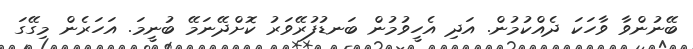
ބޭނުންވާ ވާހަކަ ދެއްކުމުން. އަދި އެހީވުމުން ބަނޑުފުރޭވަރު ކޮށްދޭނަމޭ ބުނީމަ. އަހަރެން މިގޭގަ